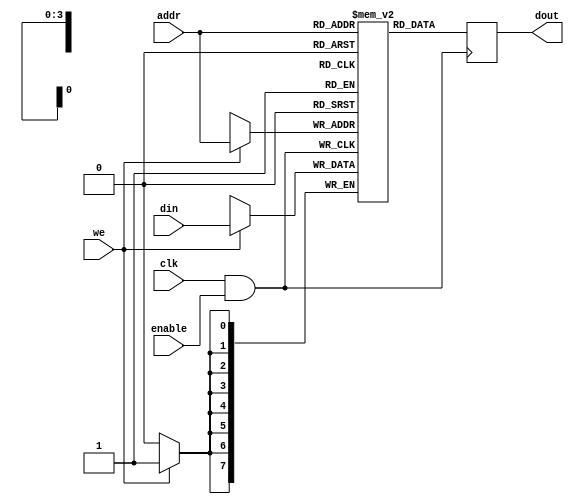
module MemoryBlock (
    input wire clk,          // Main clock signal
    input wire enable,       // Enable signal for clock gating
    input wire [7:0] din,    // Data input
    output reg [7:0] dout,    // Data output
    input wire [3:0] addr,    // Address input
    input wire we             // Write enable signal
);

// Memory array (for example, 16x8 RAM)
reg [7:0] memory [0:15];

// Clock Gating Logic
wire gated_clk;
assign gated_clk = clk & enable; // Gated clock signal

always @(posedge gated_clk) begin
    if (we) begin
        memory[addr] <= din; // Write operation
    end
    dout <= memory[addr]; // Read operation
end

endmodule